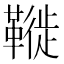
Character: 𩌦